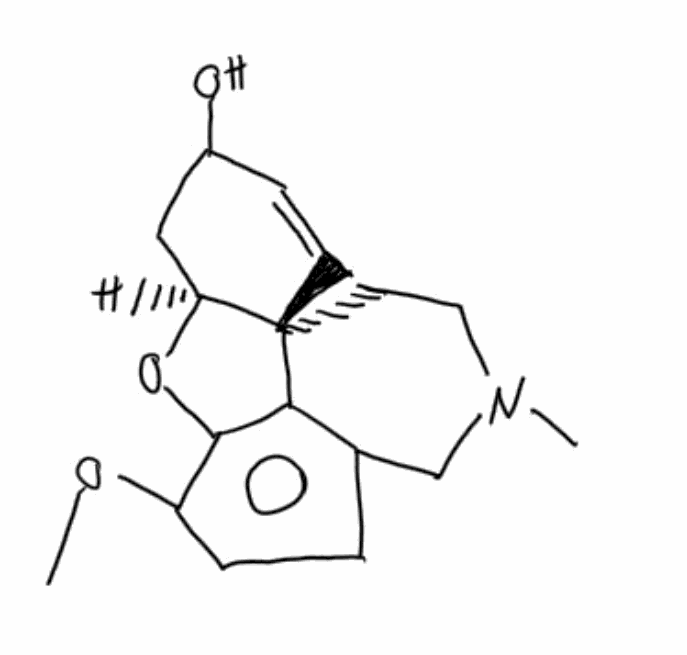
Simplified molecular-input line-entry system (SMILES) notation of the given molecule:
CN1CC[C@@]23C=C[C@@H](C[C@@H]2OC4=C(C=CC(=C34)C1)OC)O